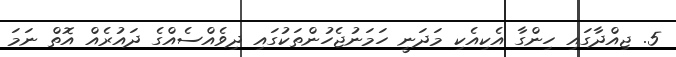
5. ޖިއްދާގައި ހިންގާ އެކިއެކި މަދަނީ ހަމަނުޖެހުންތަކުގައި ދިވެއްސެއްގެ ދައުރެއް އޮތް ނަމަ